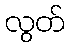
လွတ်